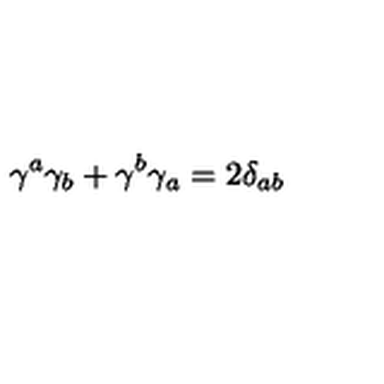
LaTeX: \gamma ^ { a } \gamma _ { b } + \gamma ^ { b } \gamma _ { a } = 2 \delta _ { a b }